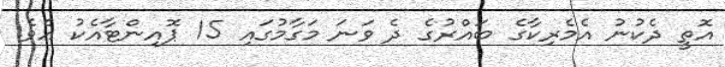
އޮތީ ދެކުނު އެމެރިކާގެ ބައްރުގެ ދެ ވަނަ މަގާމުގައި 15 ޕޮއިންޓާއެކު އެވެ.